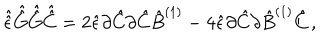
LaTeX: \hat { \hat { \epsilon } } \hat { \hat { G } } \hat { \hat { G } } \hat { \hat { C } } = 2 \hat { \epsilon } \partial \hat { C } \partial \hat { C } \hat { B } ^ { ( 1 ) } - 4 \hat { \epsilon } \partial \hat { C } \partial \hat { B } ^ { ( 1 ) } \hat { C } \, ,